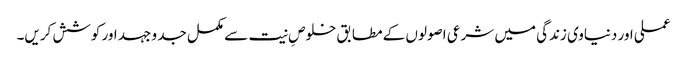
عملی اور دنیاوی زندگی میں شرعی اصولوں کے مطابق خلوصِ نیت سے مکمل جد و جہد اور کوشش کریں۔